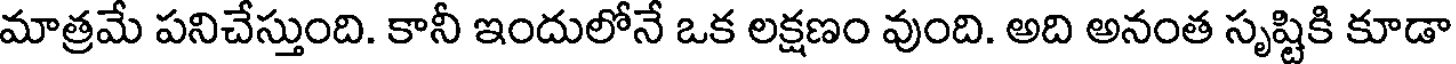
మాత్రమే పనిచేస్తుంది. కానీ ఇందులోనే ఒక లక్షణం వుంది. అది అనంత సృష్టికి కూడా